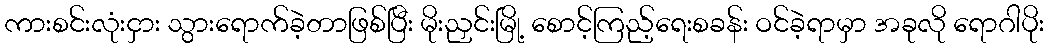
ကားစင်းလုံးငှား သွားရောက်ခဲ့တာဖြစ်ပြီး မိုးညှင်းမြို့ စောင့်ကြည့်ရေးစခန်း ဝင်ခဲ့ရာမှာ အခုလို ရောဂါပိုး